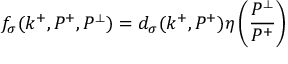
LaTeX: f _ { \sigma } ( k ^ { + } , P ^ { + } , P ^ { \perp } ) = d _ { \sigma } ( k ^ { + } , P ^ { + } ) \eta \left( \frac { P ^ { \perp } } { P ^ { + } } \right)